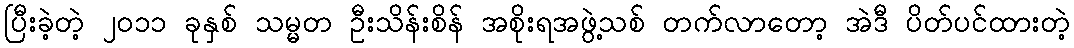
ပြီးခဲ့တဲ့ ၂၀၁၁ ခုနှစ် သမ္မတ ဦးသိန်းစိန် အစိုးရအဖွဲ့သစ် တက်လာတော့ အဲဒီ ပိတ်ပင်ထားတဲ့